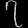
Digit: ၇